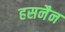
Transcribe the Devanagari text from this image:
हसनैन